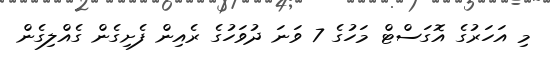
މި އަހަރުގެ އޮގަސްޓް މަހުގެ 7 ވަނަ ދުވަހުގެ ރެއިން ފެށިގެން ގެއްލިގެން